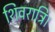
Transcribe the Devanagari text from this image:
शिवरात्रि।